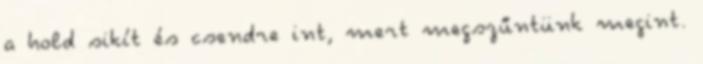
a hold sikít és csendre int, mert megszűntünk megint.